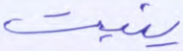
ينبت